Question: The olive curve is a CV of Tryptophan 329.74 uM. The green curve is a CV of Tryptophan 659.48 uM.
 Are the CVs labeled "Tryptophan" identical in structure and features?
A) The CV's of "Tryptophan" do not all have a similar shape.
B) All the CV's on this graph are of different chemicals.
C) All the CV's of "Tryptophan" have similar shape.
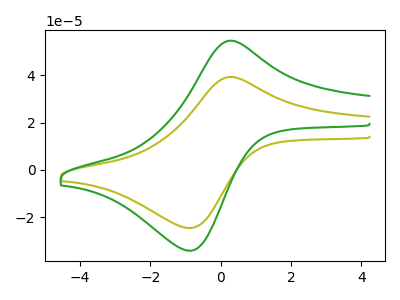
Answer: <think>The olive curve "Tryptophan 329.74 uM" has an anodic peak at (0.35V, 39.35uA) and a cathodic peak at (-0.90V, -24.55uA). The green curve "Tryptophan 659.48 uM" has an anodic peak at (0.35V, 54.65uA) and a cathodic peak at (-0.90V, -34.10uA).
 All the peaks in "Tryptophan 329.74 uM" have a peak in "Tryptophan 659.48 uM" at the same potential. Every peak in "Tryptophan 329.74 uM" is lower than every peak in "Tryptophan 659.48 uM".</think>
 <answer>C) All the CV's of "Tryptophan" have similar shape.</answer>
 <eval>C</eval>